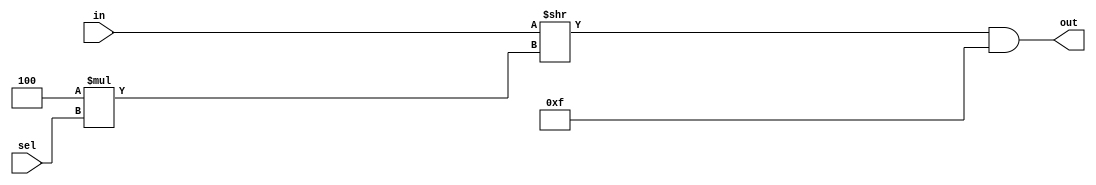
module top_module( 
    input [1023:0] in,
    input [7:0] sel,
    output [3:0] out );
	
    always @(*) begin
        out[3:0] = (in >> 4*sel) & 4'b1111;
    end
    
endmodule